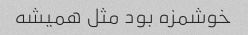
خوشمزه بود مثل همیشه